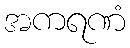
အကရဏံ